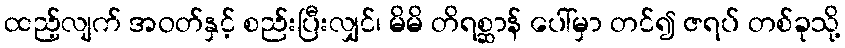
ထည့်လျက် အဝတ်နှင့် စည်းပြီးလျှင်၊ မိမိ တိရစ္ဆာန် ပေါ်မှာ တင်၍ ဇရပ် တစ်ခုသို့